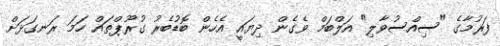
ފަރުމާގެ "ސިއްސުވާލި" އަލްބަމް ވެގެން ދިޔައީ އެހެން ބޮޑުބެރު ގުރޫޕްތައް ހަމަ ރަނގަޅަށް